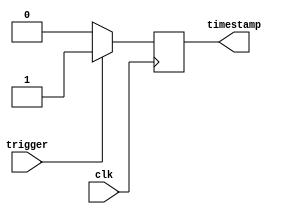
module Timing_Control_And_Synchronization(
    input wire clk, // Clock signal
    input wire trigger, // External trigger signal
    output reg timestamp // Time-stamping timer
);

// Time-stamping timer logic
always @(posedge clk) begin
    if(trigger) begin
        // Record timestamp
        timestamp <= 1;
    end else begin
        timestamp <= 0;
    end
end

endmodule